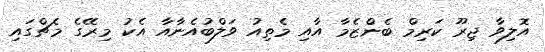
އޮލިވާ ޖިރޫ ކަރިމް ބެންޒެމާ އާއި މެތިއު ވަލްބުއެނާއާ އެކު މިރޭގެ މެޗްގައި